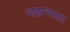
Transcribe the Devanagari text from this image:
जड़ानवाला